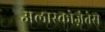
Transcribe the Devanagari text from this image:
अलास्कोज़ेतेस